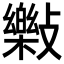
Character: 𣀝